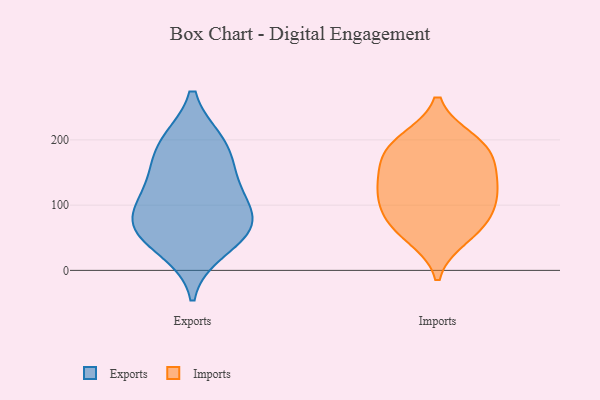
{"axis": {"x": "Revenue (USD Million)", "y": "Value"}, "legend": ["Exports", "Imports"], "data": [{"x": "", "y": 32, "type": "Exports"}, {"x": "", "y": 116, "type": "Exports"}, {"x": "", "y": 70, "type": "Exports"}, {"x": "", "y": 128, "type": "Exports"}, {"x": "", "y": 196, "type": "Exports"}, {"x": "", "y": 56, "type": "Exports"}, {"x": "", "y": 76, "type": "Exports"}, {"x": "", "y": 196, "type": "Exports"}, {"x": "", "y": 161, "type": "Exports"}, {"x": "", "y": 76, "type": "Exports"}, {"x": "", "y": 183, "type": "Imports"}, {"x": "", "y": 199, "type": "Imports"}, {"x": "", "y": 147, "type": "Imports"}, {"x": "", "y": 104, "type": "Imports"}, {"x": "", "y": 195, "type": "Imports"}, {"x": "", "y": 51, "type": "Imports"}, {"x": "", "y": 171, "type": "Imports"}, {"x": "", "y": 131, "type": "Imports"}, {"x": "", "y": 128, "type": "Imports"}, {"x": "", "y": 101, "type": "Imports"}, {"x": "", "y": 74, "type": "Imports"}, {"x": "", "y": 66, "type": "Imports"}]}